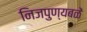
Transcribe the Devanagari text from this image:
निजपुण्यबळें